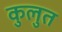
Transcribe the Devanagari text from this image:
कुलुत